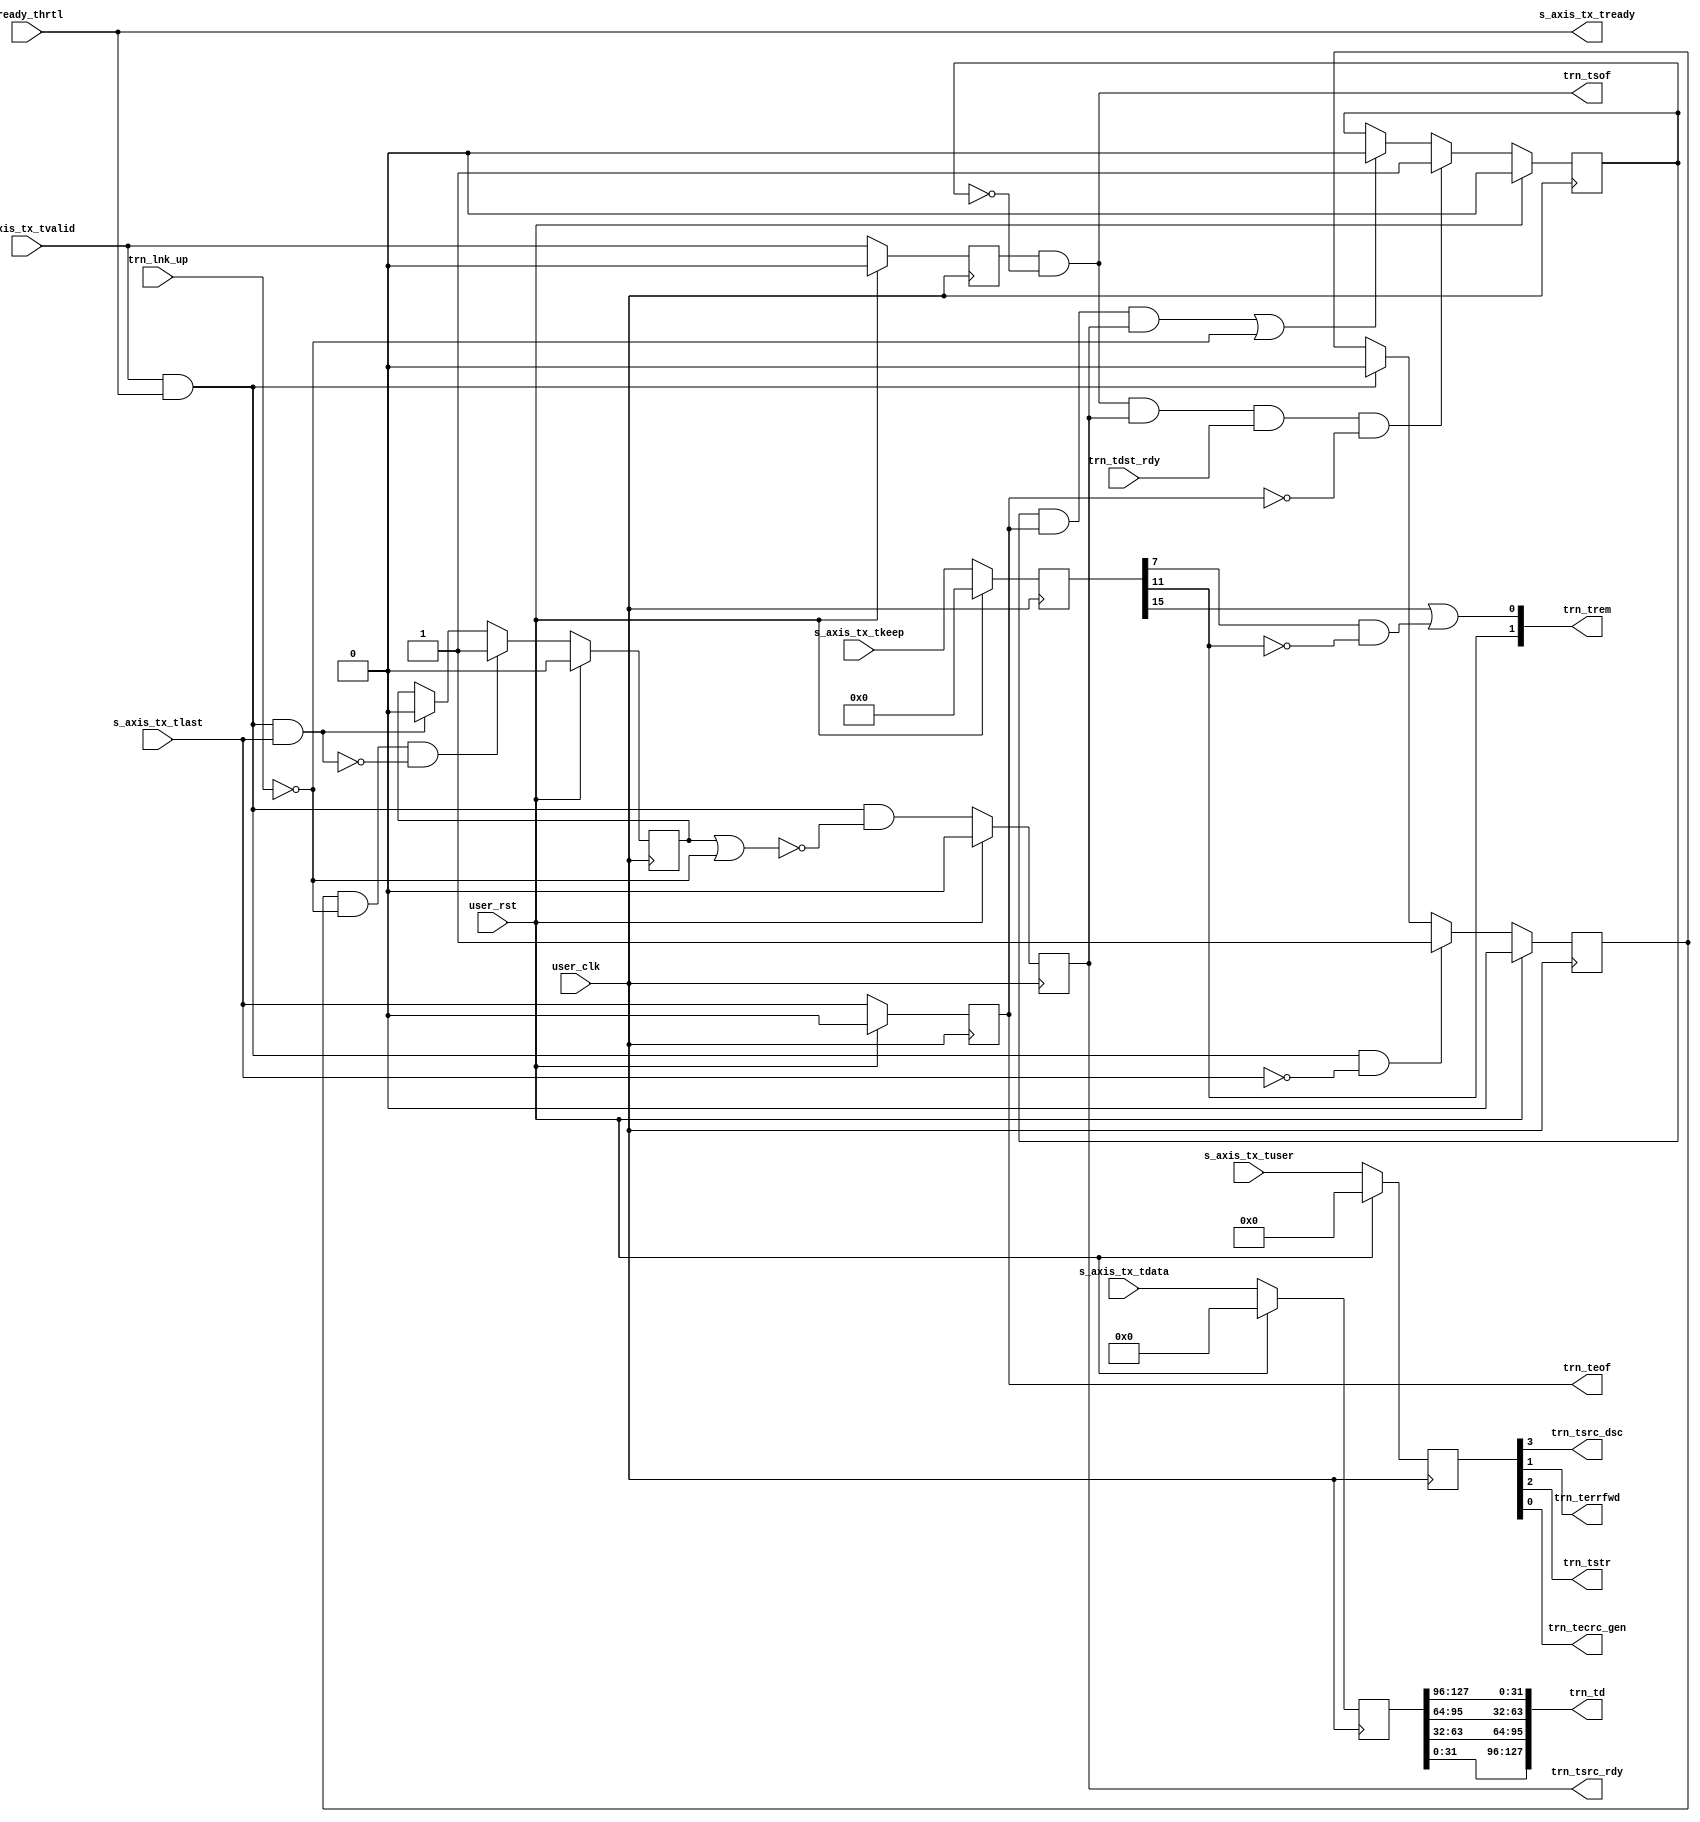
//-----------------------------------------------------------------------------
//
// (c) Copyright 2010-2011 Xilinx, Inc. All rights reserved.
//
// This file contains confidential and proprietary information
// of Xilinx, Inc. and is protected under U.S. and
// international copyright and other intellectual property
// laws.
//
// DISCLAIMER
// This disclaimer is not a license and does not grant any
// rights to the materials distributed herewith. Except as
// otherwise provided in a valid license issued to you by
// Xilinx, and to the maximum extent permitted by applicable
// law: (1) THESE MATERIALS ARE MADE AVAILABLE "AS IS" AND
// WITH ALL FAULTS, AND XILINX HEREBY DISCLAIMS ALL WARRANTIES
// AND CONDITIONS, EXPRESS, IMPLIED, OR STATUTORY, INCLUDING
// BUT NOT LIMITED TO WARRANTIES OF MERCHANTABILITY, NON-
// INFRINGEMENT, OR FITNESS FOR ANY PARTICULAR PURPOSE; and
// (2) Xilinx shall not be liable (whether in contract or tort,
// including negligence, or under any other theory of
// liability) for any loss or damage of any kind or nature
// related to, arising under or in connection with these
// materials, including for any direct, or any indirect,
// special, incidental, or consequential loss or damage
// (including loss of data, profits, goodwill, or any type of
// loss or damage suffered as a result of any action brought
// by a third party) even if such damage or loss was
// reasonably foreseeable or Xilinx had been advised of the
// possibility of the same.
//
// CRITICAL APPLICATIONS
// Xilinx products are not designed or intended to be fail-
// safe, or for use in any application requiring fail-safe
// performance, such as life-support or safety devices or
// systems, Class III medical devices, nuclear facilities,
// applications related to the deployment of airbags, or any
// other applications that could lead to death, personal
// injury, or severe property or environmental damage
// (individually and collectively, "Critical
// Applications"). Customer assumes the sole risk and
// liability of any use of Xilinx products in Critical
// Applications, subject only to applicable laws and
// regulations governing limitations on product liability.
//
// THIS COPYRIGHT NOTICE AND DISCLAIMER MUST BE RETAINED AS
// PART OF THIS FILE AT ALL TIMES.
//
//-----------------------------------------------------------------------------
// Project    : Series-7 Integrated Block for PCI Express
// Version    : 3.2
//                                                                            //
//  Description:                                                              //
//  AXI to TRN TX pipeline. Converts transmitted data from AXI protocol to    //
//  TRN.                                                                      //
//                                                                            //
//  Notes:                                                                    //
//  Optional notes section.                                                   //
//                                                                            //
//  Hierarchical:                                                             //
//    axi_basic_top                                                           //
//      axi_basic_tx                                                          //
//        axi_basic_tx_pipeline                                               //
//                                                                            //
//----------------------------------------------------------------------------//

`timescale 1ps/1ps

(* DowngradeIPIdentifiedWarnings = "yes" *)
module PCIeGen2x8If128_axi_basic_tx_pipeline #(
  parameter C_DATA_WIDTH = 128,           // RX/TX interface data width
  parameter C_PM_PRIORITY = "FALSE",      // Disable TX packet boundary thrtl
  parameter TCQ = 1,                      // Clock to Q time

  // Do not override parameters below this line
  parameter REM_WIDTH  = (C_DATA_WIDTH == 128) ? 2 : 1, // trem/rrem width
  parameter KEEP_WIDTH = C_DATA_WIDTH / 8               // KEEP width
  ) (
  //---------------------------------------------//
  // User Design I/O                             //
  //---------------------------------------------//

  // AXI TX
  //-----------
  input      [C_DATA_WIDTH-1:0] s_axis_tx_tdata,     // TX data from user
  input                         s_axis_tx_tvalid,    // TX data is valid
  output                        s_axis_tx_tready,    // TX ready for data
  input        [KEEP_WIDTH-1:0] s_axis_tx_tkeep,     // TX strobe byte enables
  input                         s_axis_tx_tlast,     // TX data is last
  input                   [3:0] s_axis_tx_tuser,     // TX user signals

  //---------------------------------------------//
  // PCIe Block I/O                              //
  //---------------------------------------------//

  // TRN TX
  //-----------
  output     [C_DATA_WIDTH-1:0] trn_td,              // TX data from block
  output                        trn_tsof,            // TX start of packet
  output                        trn_teof,            // TX end of packet
  output                        trn_tsrc_rdy,        // TX source ready
  input                         trn_tdst_rdy,        // TX destination ready
  output                        trn_tsrc_dsc,        // TX source discontinue
  output        [REM_WIDTH-1:0] trn_trem,            // TX remainder
  output                        trn_terrfwd,         // TX error forward
  output                        trn_tstr,            // TX streaming enable
  output                        trn_tecrc_gen,       // TX ECRC generate
  input                         trn_lnk_up,          // PCIe link up

  // System
  //-----------
  input                         tready_thrtl,        // TREADY from thrtl ctl
  input                         user_clk,            // user clock from block
  input                         user_rst             // user reset from block
);


// Input register stage
reg  [C_DATA_WIDTH-1:0] reg_tdata;
reg                     reg_tvalid;
reg    [KEEP_WIDTH-1:0] reg_tkeep;
reg               [3:0] reg_tuser;
reg                     reg_tlast;
reg                     reg_tready;

// Pipeline utility signals
reg                     trn_in_packet;
reg                     axi_in_packet;
reg                     flush_axi;
wire                    disable_trn;
reg                     reg_disable_trn;

wire                    axi_beat_live  = s_axis_tx_tvalid && s_axis_tx_tready;
wire                    axi_end_packet = axi_beat_live && s_axis_tx_tlast;


//----------------------------------------------------------------------------//
// Convert TRN data format to AXI data format. AXI is DWORD swapped from TRN. //
// 128-bit:                 64-bit:                  32-bit:                  //
// TRN DW0 maps to AXI DW3  TRN DW0 maps to AXI DW1  TNR DW0 maps to AXI DW0  //
// TRN DW1 maps to AXI DW2  TRN DW1 maps to AXI DW0                           //
// TRN DW2 maps to AXI DW1                                                    //
// TRN DW3 maps to AXI DW0                                                    //
//----------------------------------------------------------------------------//
generate
  if(C_DATA_WIDTH == 128) begin : td_DW_swap_128
    assign trn_td = {reg_tdata[31:0],
                     reg_tdata[63:32],
                     reg_tdata[95:64],
                     reg_tdata[127:96]};
  end
  else if(C_DATA_WIDTH == 64) begin : td_DW_swap_64
    assign trn_td = {reg_tdata[31:0], reg_tdata[63:32]};
  end
  else begin : td_DW_swap_32
    assign trn_td = reg_tdata;
  end
endgenerate


//----------------------------------------------------------------------------//
// Create trn_tsof. If we're not currently in a packet and TVALID goes high,  //
// assert TSOF.                                                               //
//----------------------------------------------------------------------------//
assign trn_tsof = reg_tvalid && !trn_in_packet;


//----------------------------------------------------------------------------//
// Create trn_in_packet. This signal tracks if the TRN interface is currently //
// in the middle of a packet, which is needed to generate trn_tsof            //
//----------------------------------------------------------------------------//
always @(posedge user_clk) begin
  if(user_rst) begin
    trn_in_packet <= #TCQ 1'b0;
  end
  else begin
    if(trn_tsof && trn_tsrc_rdy && trn_tdst_rdy && !trn_teof) begin
      trn_in_packet <= #TCQ 1'b1;
    end
    else if((trn_in_packet && trn_teof && trn_tsrc_rdy) || !trn_lnk_up) begin
      trn_in_packet <= #TCQ 1'b0;
    end
  end
end


//----------------------------------------------------------------------------//
// Create axi_in_packet. This signal tracks if the AXI interface is currently //
// in the middle of a packet, which is needed in case the link goes down.     //
//----------------------------------------------------------------------------//
always @(posedge user_clk) begin
  if(user_rst) begin
    axi_in_packet <= #TCQ 1'b0;
  end
  else begin
    if(axi_beat_live && !s_axis_tx_tlast) begin
      axi_in_packet <= #TCQ 1'b1;
    end
    else if(axi_beat_live) begin
      axi_in_packet <= #TCQ 1'b0;
    end
  end
end


//----------------------------------------------------------------------------//
// Create disable_trn. This signal asserts when the link goes down and        //
// triggers the deassertiong of trn_tsrc_rdy. The deassertion of disable_trn  //
// depends on C_PM_PRIORITY, as described below.                              //
//----------------------------------------------------------------------------//
generate
  // In the C_PM_PRIORITY pipeline, we disable the TRN interfacefrom the time
  // the link goes down until the the AXI interface is ready to accept packets
  // again (via assertion of TREADY). By waiting for TREADY, we allow the
  // previous value buffer to fill, so we're ready for any throttling by the
  // user or the block.
  if(C_PM_PRIORITY == "TRUE") begin : pm_priority_trn_flush
    always @(posedge user_clk) begin
      if(user_rst) begin
        reg_disable_trn    <= #TCQ 1'b1;
      end
      else begin
        // When the link goes down, disable the TRN interface.
        if(!trn_lnk_up)
        begin
          reg_disable_trn  <= #TCQ 1'b1;
        end

        // When the link comes back up and the AXI interface is ready, we can
        // release the pipeline and return to normal operation.
        else if(!flush_axi && s_axis_tx_tready) begin
          reg_disable_trn <= #TCQ 1'b0;
        end
      end
    end

    assign disable_trn = reg_disable_trn;
  end

  // In the throttle-controlled pipeline, we don't have a previous value buffer.
  // The throttle control mechanism handles TREADY, so all we need to do is
  // detect when the link goes down and disable the TRN interface until the link
  // comes back up and the AXI interface is finished flushing any packets.
  else begin : thrtl_ctl_trn_flush
    always @(posedge user_clk) begin
      if(user_rst) begin
        reg_disable_trn    <= #TCQ 1'b0;
      end
      else begin
        // If the link is down and AXI is in packet, disable TRN and look for
        // the end of the packet
        if(axi_in_packet && !trn_lnk_up && !axi_end_packet)
        begin
          reg_disable_trn  <= #TCQ 1'b1;
        end

        // AXI packet is ending, so we're done flushing
        else if(axi_end_packet) begin
          reg_disable_trn <= #TCQ 1'b0;
        end
      end
    end

    // Disable the TRN interface if link is down or we're still flushing the AXI
    // interface.
    assign disable_trn = reg_disable_trn || !trn_lnk_up;
  end
endgenerate


//----------------------------------------------------------------------------//
// Convert STRB to RREM. Here, we are converting the encoding method for the  //
// location of the EOF from AXI (tkeep) to TRN flavor (rrem).                 //
//----------------------------------------------------------------------------//
generate
  if(C_DATA_WIDTH == 128) begin : tkeep_to_trem_128
    //---------------------------------------//
    // Conversion table:                     //
    // trem    | tkeep                       //
    // [1] [0] | [15:12] [11:8] [7:4] [3:0]  //
    // ------------------------------------- //
    //  1   1  |   D3      D2    D1    D0    //
    //  1   0  |   --      D2    D1    D0    //
    //  0   1  |   --      --    D1    D0    //
    //  0   0  |   --      --    --    D0    //
    //---------------------------------------//

    wire   axi_DW_1    = reg_tkeep[7];
    wire   axi_DW_2    = reg_tkeep[11];
    wire   axi_DW_3    = reg_tkeep[15];
    assign trn_trem[1] = axi_DW_2;
    assign trn_trem[0] = axi_DW_3 || (axi_DW_1 && !axi_DW_2);
  end
  else if(C_DATA_WIDTH == 64) begin : tkeep_to_trem_64
    assign trn_trem    = reg_tkeep[7];
  end
  else begin : tkeep_to_trem_32
    assign trn_trem    = 1'b0;
  end
endgenerate


//----------------------------------------------------------------------------//
// Create remaining TRN signals                                               //
//----------------------------------------------------------------------------//
assign trn_teof      = reg_tlast;
assign trn_tecrc_gen = reg_tuser[0];
assign trn_terrfwd   = reg_tuser[1];
assign trn_tstr      = reg_tuser[2];
assign trn_tsrc_dsc  = reg_tuser[3];


//----------------------------------------------------------------------------//
// Pipeline stage                                                             //
//----------------------------------------------------------------------------//
// We need one of two approaches for the pipeline stage depending on the
// C_PM_PRIORITY parameter.
generate
  reg reg_tsrc_rdy;

  // If set to FALSE, that means the user wants to use the TX packet boundary
  // throttling feature. Since all Block throttling will now be predicted, we
  // can use a simple straight-through pipeline.
  if(C_PM_PRIORITY == "FALSE") begin : throttle_ctl_pipeline
    always @(posedge user_clk) begin
      if(user_rst) begin
        reg_tdata        <= #TCQ {C_DATA_WIDTH{1'b0}};
        reg_tvalid       <= #TCQ 1'b0;
        reg_tkeep        <= #TCQ {KEEP_WIDTH{1'b0}};
        reg_tlast        <= #TCQ 1'b0;
        reg_tuser        <= #TCQ 4'h0;
        reg_tsrc_rdy     <= #TCQ 1'b0;
      end
      else begin
        reg_tdata        <= #TCQ s_axis_tx_tdata;
        reg_tvalid       <= #TCQ s_axis_tx_tvalid;
        reg_tkeep        <= #TCQ s_axis_tx_tkeep;
        reg_tlast        <= #TCQ s_axis_tx_tlast;
        reg_tuser        <= #TCQ s_axis_tx_tuser;

        // Hold trn_tsrc_rdy low when flushing a packet.
        reg_tsrc_rdy     <= #TCQ axi_beat_live && !disable_trn;
      end
    end

    assign trn_tsrc_rdy = reg_tsrc_rdy;

    // With TX packet boundary throttling, TREADY is pipelined in
    // axi_basic_tx_thrtl_ctl and wired through here.
    assign s_axis_tx_tready = tready_thrtl;
  end

  //**************************************************************************//

  // If C_PM_PRIORITY is set to TRUE, that means the user prefers to have all PM
  // functionality intact isntead of TX packet boundary throttling. Now the
  // Block could back-pressure at any time, which creates the standard problem
  // of potential data loss due to the handshaking latency. Here we need a
  // previous value buffer, just like the RX data path.
  else begin : pm_prioity_pipeline
    reg  [C_DATA_WIDTH-1:0] tdata_prev;
    reg                     tvalid_prev;
    reg    [KEEP_WIDTH-1:0] tkeep_prev;
    reg                     tlast_prev;
    reg               [3:0] tuser_prev;
    reg                     reg_tdst_rdy;

    wire                    data_hold;
    reg                     data_prev;


    //------------------------------------------------------------------------//
    // Previous value buffer                                                  //
    // ---------------------                                                  //
    // We are inserting a pipeline stage in between AXI and TRN, which causes //
    // some issues with handshaking signals trn_tsrc_rdy/s_axis_tx_tready.    //
    // The added cycle of latency in the path causes the Block to fall behind //
    // the AXI interface whenever it throttles.                               //
    //                                                                        //
    // To avoid loss of data, we must keep the previous value of all          //
    // s_axis_tx_* signals in case the Block throttles.                       //
    //------------------------------------------------------------------------//
    always @(posedge user_clk) begin
      if(user_rst) begin
        tdata_prev   <= #TCQ {C_DATA_WIDTH{1'b0}};
        tvalid_prev  <= #TCQ 1'b0;
        tkeep_prev   <= #TCQ {KEEP_WIDTH{1'b0}};
        tlast_prev   <= #TCQ 1'b0;
        tuser_prev   <= #TCQ 4'h 0;
      end
      else begin
        // prev buffer works by checking s_axis_tx_tready. When
        // s_axis_tx_tready is asserted, a new value is present on the
        // interface.
        if(!s_axis_tx_tready) begin
          tdata_prev   <= #TCQ tdata_prev;
          tvalid_prev  <= #TCQ tvalid_prev;
          tkeep_prev   <= #TCQ tkeep_prev;
          tlast_prev   <= #TCQ tlast_prev;
          tuser_prev   <= #TCQ tuser_prev;
        end
        else begin
          tdata_prev   <= #TCQ s_axis_tx_tdata;
          tvalid_prev  <= #TCQ s_axis_tx_tvalid;
          tkeep_prev   <= #TCQ s_axis_tx_tkeep;
          tlast_prev   <= #TCQ s_axis_tx_tlast;
          tuser_prev   <= #TCQ s_axis_tx_tuser;
        end
      end
    end

    // Create special buffer which locks in the proper value of TDATA depending
    // on whether the user is throttling or not. This buffer has three states:
    //
    //       HOLD state: TDATA maintains its current value
    //                   - the Block has throttled the PCIe block
    //   PREVIOUS state: the buffer provides the previous value on TDATA
    //                   - the Block has finished throttling, and is a little
    //                     behind the user
    //    CURRENT state: the buffer passes the current value on TDATA
    //                   - the Block is caught up and ready to receive the
    //                     latest data from the user
    always @(posedge user_clk) begin
      if(user_rst) begin
        reg_tdata  <= #TCQ {C_DATA_WIDTH{1'b0}};
        reg_tvalid <= #TCQ 1'b0;
        reg_tkeep  <= #TCQ {KEEP_WIDTH{1'b0}};
        reg_tlast  <= #TCQ 1'b0;
        reg_tuser  <= #TCQ 4'h0;

        reg_tdst_rdy <= #TCQ 1'b0;
      end
      else begin
        reg_tdst_rdy <= #TCQ trn_tdst_rdy;

        if(!data_hold) begin
          // PREVIOUS state
          if(data_prev) begin
            reg_tdata  <= #TCQ tdata_prev;
            reg_tvalid <= #TCQ tvalid_prev;
            reg_tkeep  <= #TCQ tkeep_prev;
            reg_tlast  <= #TCQ tlast_prev;
            reg_tuser  <= #TCQ tuser_prev;
          end

          // CURRENT state
          else begin
            reg_tdata  <= #TCQ s_axis_tx_tdata;
            reg_tvalid <= #TCQ s_axis_tx_tvalid;
            reg_tkeep  <= #TCQ s_axis_tx_tkeep;
            reg_tlast  <= #TCQ s_axis_tx_tlast;
            reg_tuser  <= #TCQ s_axis_tx_tuser;
          end
        end
        // else HOLD state
      end
    end


    // Logic to instruct pipeline to hold its value
    assign data_hold = trn_tsrc_rdy && !trn_tdst_rdy;


    // Logic to instruct pipeline to use previous bus values. Always use
    // previous value after holding a value.
    always @(posedge user_clk) begin
      if(user_rst) begin
        data_prev <= #TCQ 1'b0;
      end
      else begin
        data_prev <= #TCQ data_hold;
      end
    end


    //------------------------------------------------------------------------//
    // Create trn_tsrc_rdy. If we're flushing the TRN hold trn_tsrc_rdy low.  //
    //------------------------------------------------------------------------//
    assign trn_tsrc_rdy = reg_tvalid && !disable_trn;


    //------------------------------------------------------------------------//
    // Create TREADY                                                          //
    //------------------------------------------------------------------------//
    always @(posedge user_clk) begin
      if(user_rst) begin
        reg_tready <= #TCQ 1'b0;
      end
      else begin
        // If the link went down and we need to flush a packet in flight, hold
        // TREADY high
        if(flush_axi && !axi_end_packet) begin
          reg_tready <= #TCQ 1'b1;
        end

        // If the link is up, TREADY is as follows:
        //   TREADY = 1 when trn_tsrc_rdy == 0
        //      - While idle, keep the pipeline primed and ready for the next
        //        packet
        //
        //   TREADY = trn_tdst_rdy when trn_tsrc_rdy == 1
        //      - While in packet, throttle pipeline based on state of TRN
        else if(trn_lnk_up) begin
          reg_tready <= #TCQ trn_tdst_rdy || !trn_tsrc_rdy;
        end

        // If the link is down and we're not flushing a packet, hold TREADY low
        // wait for link to come back up
        else begin
          reg_tready <= #TCQ 1'b0;
        end
      end
    end

    assign s_axis_tx_tready = reg_tready;
  end


  //--------------------------------------------------------------------------//
  // Create flush_axi. This signal detects if the link goes down while the    //
  // AXI interface is in packet. In this situation, we need to flush the      //
  // packet through the AXI interface and discard it.                         //
  //--------------------------------------------------------------------------//
  always @(posedge user_clk) begin
    if(user_rst) begin
      flush_axi    <= #TCQ 1'b0;
    end
    else begin
      // If the AXI interface is in packet and the link goes down, purge it.
      if(axi_in_packet && !trn_lnk_up && !axi_end_packet) begin
        flush_axi <= #TCQ 1'b1;
      end

      // The packet is finished, so we're done flushing.
      else if(axi_end_packet) begin
        flush_axi <= #TCQ 1'b0;
      end
    end
  end
endgenerate

endmodule